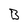
Character: B